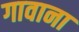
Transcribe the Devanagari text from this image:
गावाना